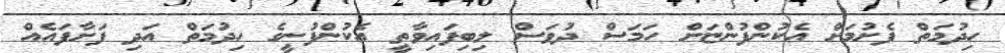
ހިދުމަތް ފެށުމަށް އެކުންފުންޏަށް ހަމަސް ދުވަސް ލިބިފައިވާތީ އެކުންފުނީގެ ހިދުމަތް އަދި ފަށާފައެއް